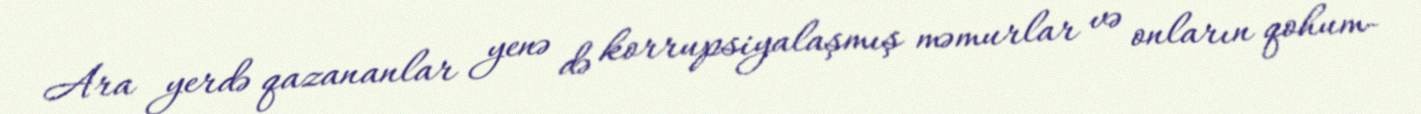
Ara yerdə qazananlar yenə də korrupsiyalaşmış məmurlar və onların qohum-